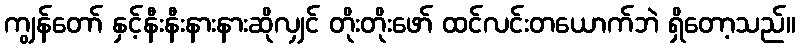
ကျွန်တော် နှင့်နီးနီးနားနားဆိုလျှင် တိုးတိုးဖော် ထင်လင်းတယောက်ဘဲ ရှိတော့သည်။